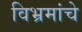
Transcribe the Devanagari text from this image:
विभ्रमांचे